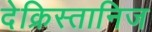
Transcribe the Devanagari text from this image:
देक्रिस्तानिज